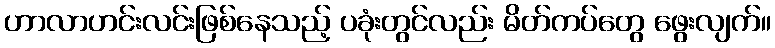
ဟာလာဟင်းလင်းဖြစ်နေသည့် ပခုံးတွင်လည်း မိတ်ကပ်တွေ ဖွေးလျက်။